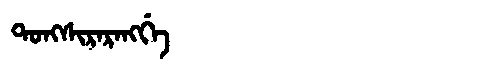
Manchu: ᡨᠣᠩᠰᡳᡵᠠᡵᠠᠩᡤᡝ
Romanization: TONGSIRARANGGE